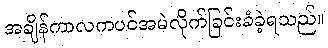
အချိန်ကာလကပင်အမဲလိုက်ခြင်းခံခဲ့ရသည်။